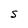
Character: s